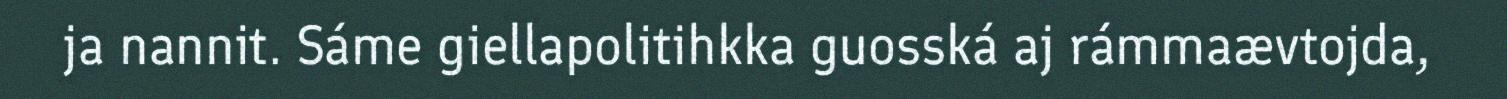
ja nannit. Sáme giellapolitihkka guosská aj rámmaævtojda,